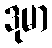
ဒုမာ